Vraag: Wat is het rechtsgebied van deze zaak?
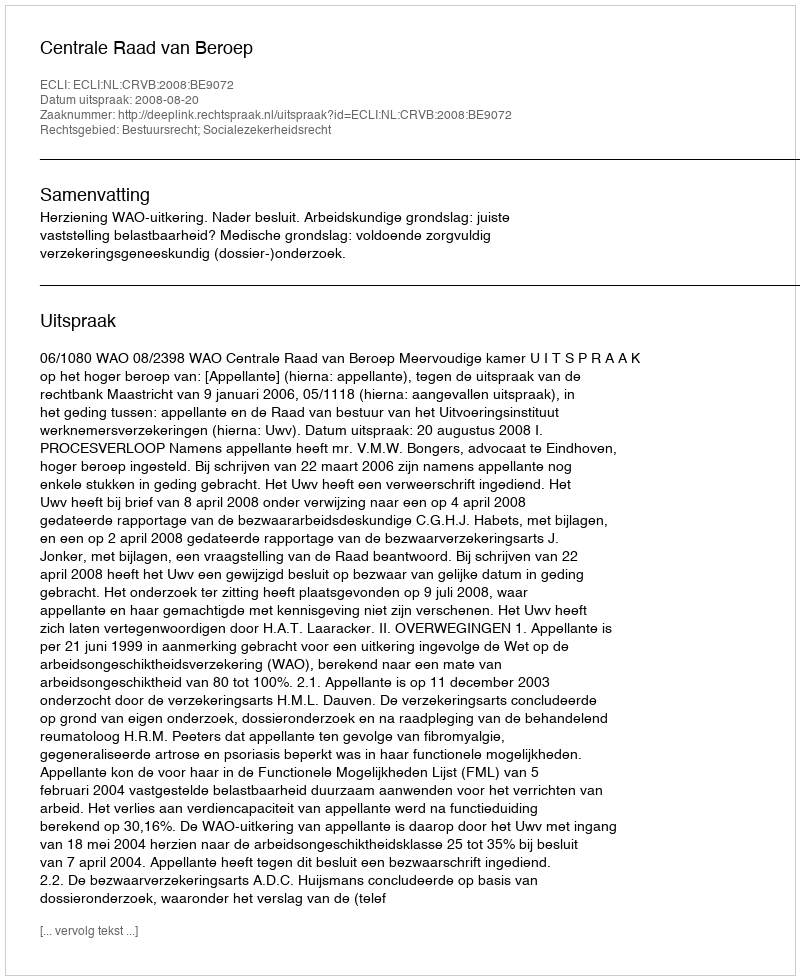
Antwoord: Bestuursrecht; Socialezekerheidsrecht